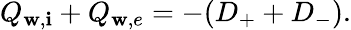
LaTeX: Q_{\mathbf{w},\mathbf{i}}+Q_{\mathbf{w},e}=-(D_{+}+D_{-}).